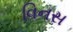
વિનસ